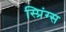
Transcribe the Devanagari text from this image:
स्प्रिंग्‍स